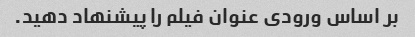
بر اساس ورودی عنوان فیلم را پیشنهاد دهید.